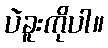
ပဲခူးကိုပါ။